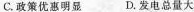
C.政策优惠明显 D.发电总量大